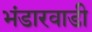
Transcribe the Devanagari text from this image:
भंडारवाडी